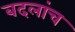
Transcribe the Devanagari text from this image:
बदलांच